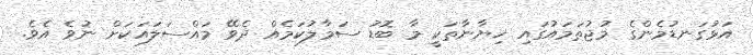
އަޅުގަނޑުމެންގެ މުޖުތަމައުގައި ޚިޔާނާތަކީ މާ ބޮޑު ސަމާލުކަމެއް ދެވޭ މައްސަލައަކަށް ނުވެ އެވެ.